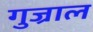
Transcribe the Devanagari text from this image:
गुज्राल